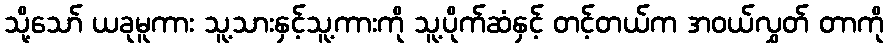
သို့သော် ယခုမူကား သူ့သားနှင့်သူ့ကားကို သူ့ပိုက်ဆံနှင့် တင့်တယ်က အဝယ်လွှတ် တာကို